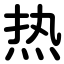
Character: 热